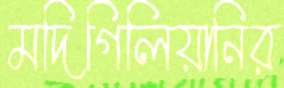
মদিগিলিয়ানির